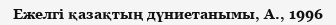
Ежелгі қазақтың дүниетанымы, А., 1996